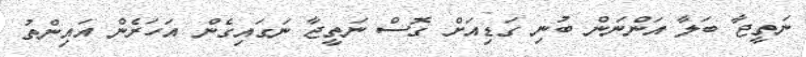
ނަތީޖާ ބަލާ އަންނަން ބުނި ގަޑިއަށް ގޮސް ނަތީޖާ ނަގައިގެން އަހަރެން އައިންތު